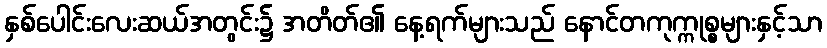
နှစ်ပေါင်းလေးဆယ်အတွင်း၌ အတိတ်၏ နေ့ရက်များသည် နောင်တကုက္ကုစ္စများနှင့်သာ